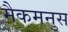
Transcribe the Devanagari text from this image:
मैकमनुस